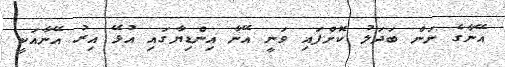
އޭނާގެ ނަން ބަދަލު ކޮށްފައި ވަނީ އޭނާ އިންޑިޔާގައި އުޅޭ އިރު އޭނާއަކީ